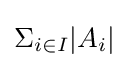
\Sigma _{i\in I}|A_{i}|